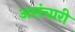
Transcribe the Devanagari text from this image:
असंचारी